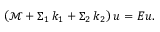
\begin{array} { r } { \left( \mathcal { M } + \Sigma _ { 1 } \, k _ { 1 } + \Sigma _ { 2 } \, k _ { 2 } \right) u = E u . } \end{array}